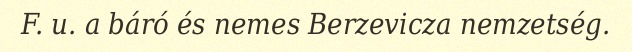
F. u. a báró és nemes Berzevicza nemzetség.